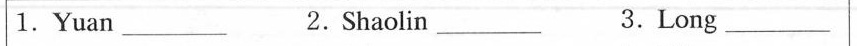
1.Yuan_ 2.Shaolin 3._Long _